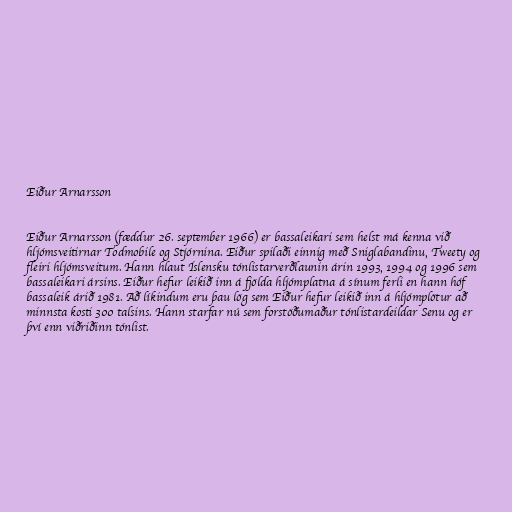
Eiður Arnarsson

Eiður Arnarsson (fæddur 26. september 1966) er bassaleikari sem helst má kenna við
hljómsveitirnar Todmobile og Stjórnina. Eiður spilaði einnig með Sniglabandinu, Tweety og
fleiri hljómsveitum. Hann hlaut Íslensku tónlistarverðlaunin árin 1993, 1994 og 1996 sem
bassaleikari ársins. Eiður hefur leikið inn á fjölda hljómplatna á sínum ferli en hann hóf
bassaleik árið 1981. Að líkindum eru þau lög sem Eiður hefur leikið inn á hljómplötur að
minnsta kosti 300 talsins. Hann starfar nú sem forstöðumaður tónlistardeildar Senu og er
því enn viðriðinn tónlist.